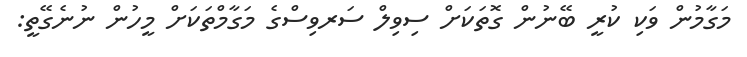
މަގާމުން ވަކި ކުރީ ބޭނުން ގޮތަކަށް ސިވިލް ސަރވިސްގެ މަގާމްތަކަށް މީހުން ނުނެގޭތީ: